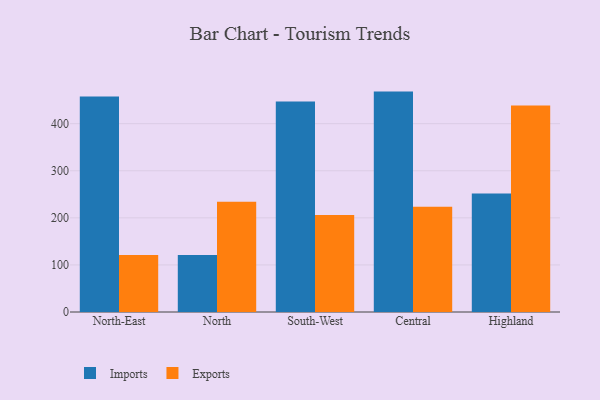
{"axis": {"x": "Region", "y": "Net Income (USD K)"}, "legend": ["Exports", "Imports"], "data": [{"x": "North-East", "y": 457.6, "type": "Imports"}, {"x": "North-East", "y": 120.8, "type": "Exports"}, {"x": "North", "y": 120.9, "type": "Imports"}, {"x": "North", "y": 233.9, "type": "Exports"}, {"x": "South-West", "y": 447.0, "type": "Imports"}, {"x": "South-West", "y": 206.0, "type": "Exports"}, {"x": "Central", "y": 468.1, "type": "Imports"}, {"x": "Central", "y": 223.3, "type": "Exports"}, {"x": "Highland", "y": 251.7, "type": "Imports"}, {"x": "Highland", "y": 438.8, "type": "Exports"}]}